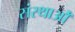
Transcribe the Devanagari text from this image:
संस्थाओँ